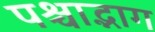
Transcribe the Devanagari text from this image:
पश्चाद्भाग